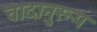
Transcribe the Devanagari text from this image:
वादानुरूप